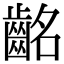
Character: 𪗸